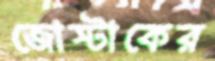
জোস্টাকের